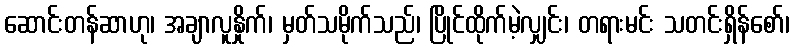
ဆောင်းတန်ဆာဟု၊ အချာလူနှိုက်၊ မှတ်သမိုက်သည်၊ ပြိုင်ထိုက်မဲ့လျှင်း၊ တရားမင်း သတင်းရှိန်စော်၊